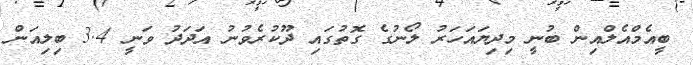
ބީއެމްއެލްއިން ބުނީ މިދިޔައަހަރު ލޯނުގެ ގޮތުގައި ދޫކުރެވުނު އަދަދު ވަނީ 3.4 ބިލިއަން